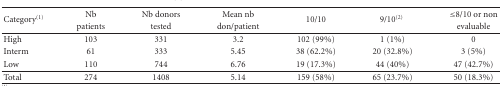
| <ROWSPAN=2> Category(1) | Nb | Nb donors | Mean nb | <ROWSPAN=2> 10/10 | <ROWSPAN=2> 9/10(2) | ≤8/10 or non |
 | patients | tested | don/patient | evaluable |
 | --- | --- | --- | --- | --- | --- | --- |
 | High | 103 | 331 | 3.2 | 102 (99%) | 1 (1%) | 0 |
 | Interm | 61 | 333 | 5.45 | 38 (62.2%) | 20 (32.8%) | 3 (5%) |
 | Low | 110 | 744 | 6.76 | 19 (17.3%) | 44 (40%) | 47 (42.7%) |
 | Total | 274 | 1408 | 5.14 | 159 (58%) | 65 (23.7%) | 50 (18.3%) |